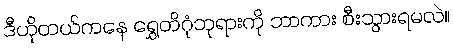
ဒီဟိုတယ်ကနေ ရွှေတိဂုံဘုရားကို ဘာကား စီးသွားရမလဲ။